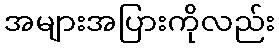
အများအပြားကိုလည်း